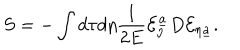
LaTeX: S = - \int d \tau d \eta { \frac { 1 } { 2 E } } { \cal E } _ { \eta } ^ { \underline { { a } } } D { \cal E } _ { \eta \underline { { a } } } .